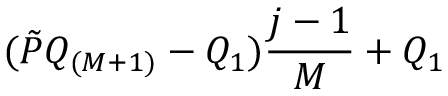
( \tilde { P } Q _ { ( M + 1 ) } - Q _ { 1 } ) \frac { j - 1 } { M } + Q _ { 1 }